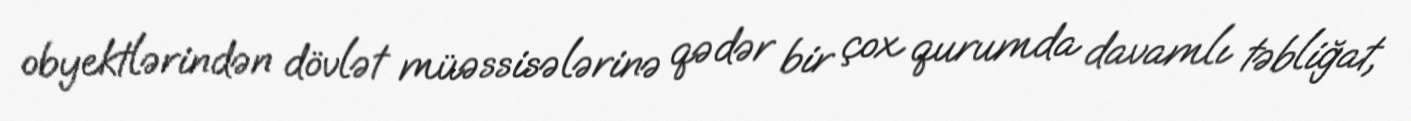
obyektlərindən dövlət müəssisələrinə qədər bir çox qurumda davamlı təbliğat,